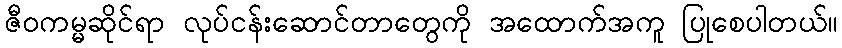
ဇီဝကမ္မဆိုင်ရာ လုပ်ငန်းဆောင်တာတွေကို အထောက်အကူ ပြုစေပါတယ်။